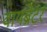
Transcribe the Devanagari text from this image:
वायब्रेटर